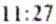
11:27